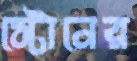
স্টোনের